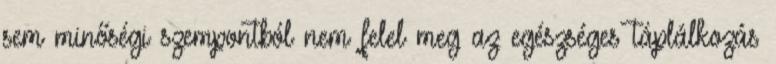
sem minőségi szempontból nem felel meg az egészséges táplálkozás